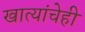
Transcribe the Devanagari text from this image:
खात्यांचेही